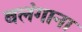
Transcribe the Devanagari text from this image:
बलंगाना